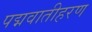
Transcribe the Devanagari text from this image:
पद्मवातीहरण